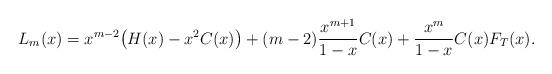
LaTeX: \begin{align*}L_m(x)=x^{m-2}\big(H(x)-x^2C(x)\big)+(m-2)\frac{x^{m+1}}{1-x}C(x)+\frac{x^m}{1-x}C(x)F_T(x).\end{align*}